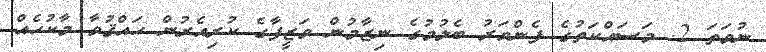
ނުވަތަ 2. މަސައްކަތުގެ ފެންވަރު ބެލުމުގެ ނިޒާމުން ވަޒީފާގެ ކުރިއެރުން ޙައްޤުވާ މާކުހެއް